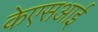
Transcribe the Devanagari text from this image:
केएसआई